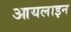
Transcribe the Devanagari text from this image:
आयलाइन